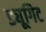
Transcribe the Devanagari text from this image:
ड्यूगिट